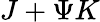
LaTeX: J+\Psi K